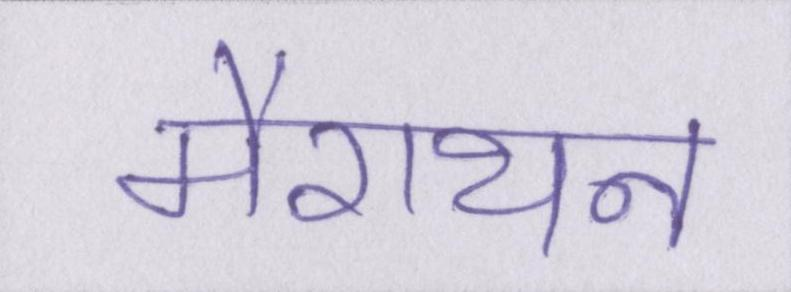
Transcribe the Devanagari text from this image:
मैराथन